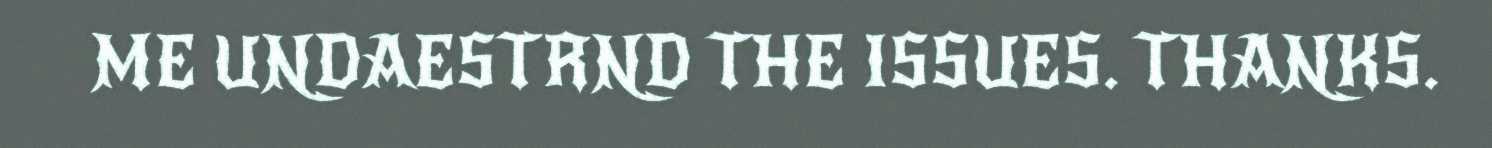
ME UNDAESTRND THE ISSUES. THANKS.